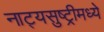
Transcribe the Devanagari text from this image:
नाट्यसुष्ट्रीमध्ये